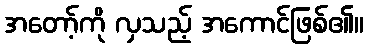
အတော့်ကို လှသည့် အကောင်ဖြစ်၏။